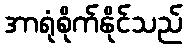
အာရုံစိုက်နိုင်သည်